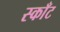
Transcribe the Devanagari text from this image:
स्काँट